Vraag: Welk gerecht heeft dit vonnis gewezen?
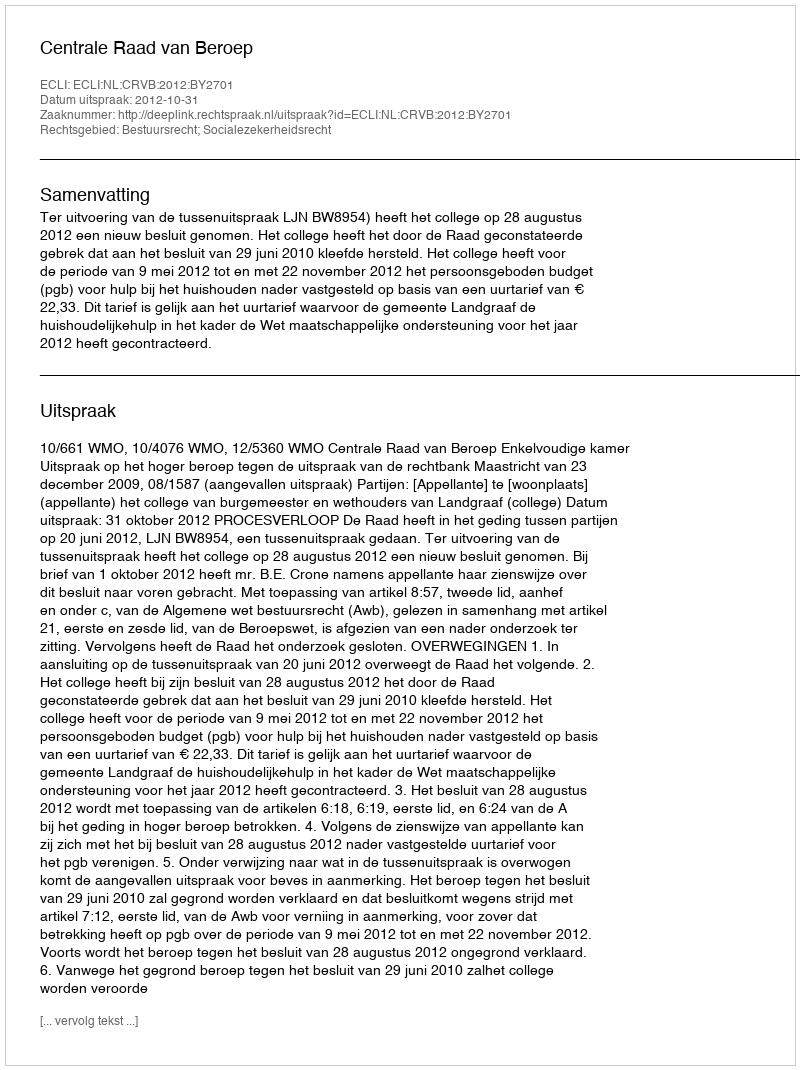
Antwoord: Centrale Raad van Beroep